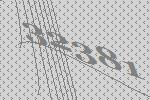
32381